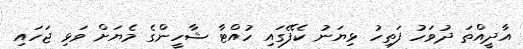
އާދީއްތަ ދުވަހު ފަތިހު ޅިޔަނު ކެފޭގައި ހުއްޓާ ޝާހީންގެ މެޔަށް ވަޅި ޖަހައި